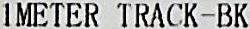
1METER TRACK-BK